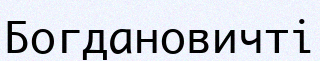
Богдановичті